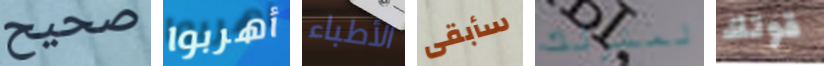
صحيح أهربوا الأطباء سأبقى لمنزلك قوتك